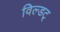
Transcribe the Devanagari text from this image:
विल्डट्